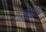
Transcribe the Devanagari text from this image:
टोलकेन